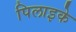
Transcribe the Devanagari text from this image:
पिलाइके